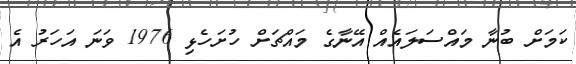
ކަމަށް ބުނާ މައްސަލައެއް އޭނާގެ މައްޗަށް ހުށަހެޅި 1976 ވަނަ އަހަރު އެ